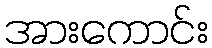
အားကောင်း